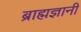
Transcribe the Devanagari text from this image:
ब्राह्मज्ञानी